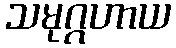
သမုဂ္ဂဟာယ